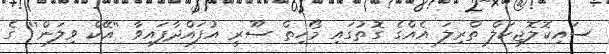
ސައިކޮލޮޖިކަލް ތްރިލަ އެއްގެ ގޮތުގައި މޯހިތް ސޫރީ އުފައްދާފައިވާ ''އޭކް ވިލަން'' ގެ